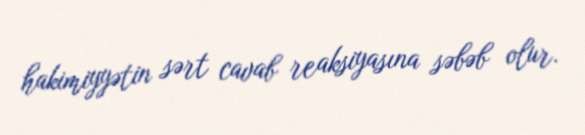
hakimiyyətin sərt cavab reaksiyasına səbəb olur.